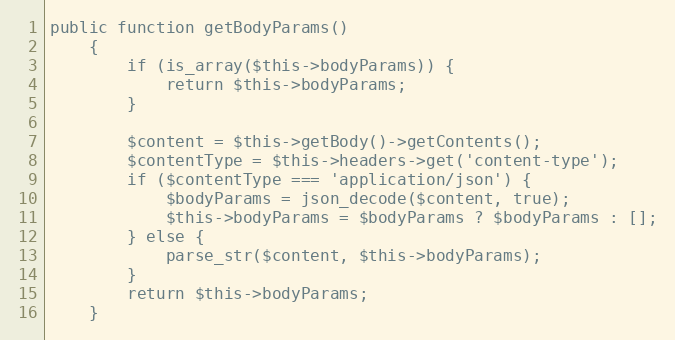
Language: PHP
public function getBodyParams()
    {
        if (is_array($this->bodyParams)) {
            return $this->bodyParams;
        }

        $content = $this->getBody()->getContents();
        $contentType = $this->headers->get('content-type');
        if ($contentType === 'application/json') {
            $bodyParams = json_decode($content, true);
            $this->bodyParams = $bodyParams ? $bodyParams : [];
        } else {
            parse_str($content, $this->bodyParams);
        }
        return $this->bodyParams;
    }